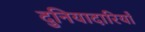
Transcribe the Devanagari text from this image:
दुनियादारियाँ